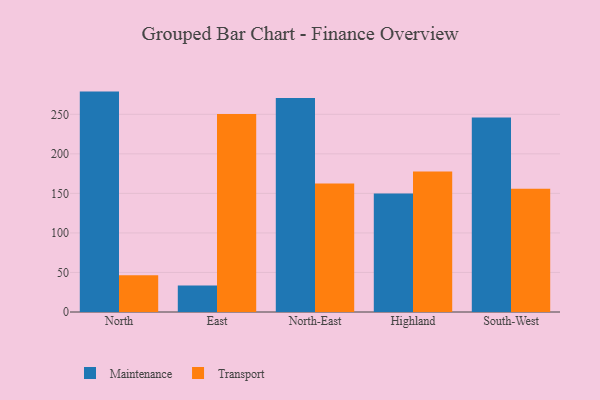
{"axis": {"x": "Region", "y": "Humidity (%)"}, "legend": ["Maintenance", "Transport"], "data": [{"x": "North", "y": 278.7, "type": "Maintenance"}, {"x": "North", "y": 46.5, "type": "Transport"}, {"x": "East", "y": 33.6, "type": "Maintenance"}, {"x": "East", "y": 250.3, "type": "Transport"}, {"x": "North-East", "y": 270.7, "type": "Maintenance"}, {"x": "North-East", "y": 162.4, "type": "Transport"}, {"x": "Highland", "y": 150.0, "type": "Maintenance"}, {"x": "Highland", "y": 177.8, "type": "Transport"}, {"x": "South-West", "y": 246.1, "type": "Maintenance"}, {"x": "South-West", "y": 155.8, "type": "Transport"}]}